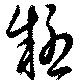
疑